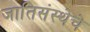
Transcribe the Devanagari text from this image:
जातिसंस्थेचे